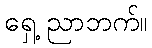
ရှေ့ ညာဘက်။